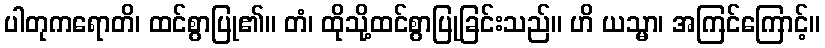
ပါတုကရောတိ၊ ထင်စွာပြု၏။ တံ၊ ထိုသို့ထင်စွာပြုခြင်းသည်။ ဟိ ယသ္မာ၊ အကြင်ကြောင့်။